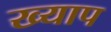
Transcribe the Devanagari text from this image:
ख्याप